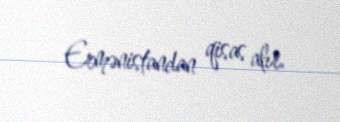
Ermənistandan qisas alır.